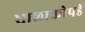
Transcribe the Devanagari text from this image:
शाळाकोपर्डे